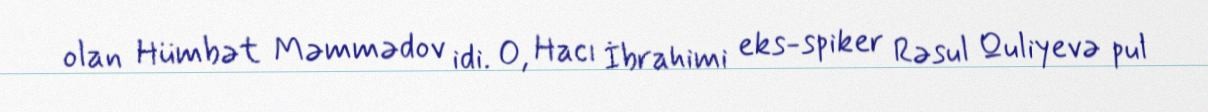
olan Hümbət Məmmədov idi. O, Hacı İbrahimi eks-spiker Rəsul Quliyevə pul